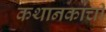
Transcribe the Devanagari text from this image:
कथानकांची